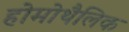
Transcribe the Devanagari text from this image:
होमोथैलिक